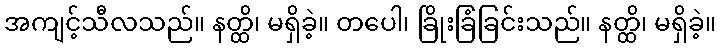
အကျင့်သီလသည်။ နတ္ထိ၊ မရှိခဲ့။ တပေါ၊ ခြိုးခြံခြင်းသည်။ နတ္ထိ၊ မရှိခဲ့။